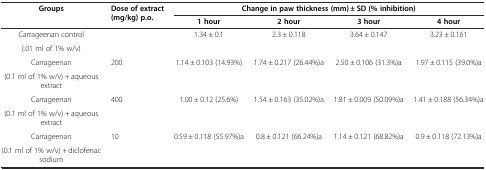
<table><thead><tr><td rowspan="2"><b>Groups</b></td><td rowspan="2"><b>Dose of extract (mg/kg) p.o.</b></td><td colspan="4"><b>Change in paw thickness (mm) ± SD (% inhibition)</b></td></tr><tr><td><b>1 hour</b></td><td><b>2 hour</b></td><td><b>3 hour</b></td><td><b>4 hour</b></td></tr></thead><tbody><tr><td>Carrageenan control</td><td rowspan="2"></td><td rowspan="2">1.34 ± 0.1</td><td rowspan="2">2.3 ± 0.118</td><td rowspan="2">3.64 ± 0.147</td><td rowspan="2">3.23 ± 0.161</td></tr><tr><td>(.01 ml of 1% w/v)</td></tr><tr><td>Carrageenan</td><td rowspan="2">200</td><td rowspan="2">1.14 ± 0.103 (14.93%)</td><td rowspan="2">1.74 ± 0.217 (26.44%)a</td><td rowspan="2">2.50 ± 0.106 (31.3%)a</td><td rowspan="2">1.97 ± 0.115 (39.0%)a</td></tr><tr><td>(0.1 ml of 1% w/v) + aqueous extract</td></tr><tr><td>Carrageenan</td><td rowspan="2">400</td><td rowspan="2">1.00 ± 0.12 (25.6%)</td><td rowspan="2">1.54 ± 0.163 (35.02%)a</td><td rowspan="2">1.81 ± 0.009 (50.09%)a</td><td rowspan="2">1.41 ± 0.188 (56.34%)a</td></tr><tr><td>(0.1 ml of 1% w/v) + aqueous extract</td></tr><tr><td>Carrageenan</td><td rowspan="2">10</td><td rowspan="2">0.59 ± 0.118 (55.97%)a</td><td rowspan="2">0.8 ± 0.121 (66.24%)a</td><td rowspan="2">1.14 ± 0.121 (68.82%)a</td><td rowspan="2">0.9 ± 0.118 (72.13%)a</td></tr><tr><td>(0.1 ml of 1% w/v) + diclofenac sodium</td></tr></tbody></table>